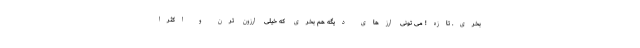
بخری. تازه! می تونی ارزهای دیگه هم بخری که خیلی ارزون ترن و اکثراً